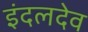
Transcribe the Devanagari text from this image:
इंदलदेव